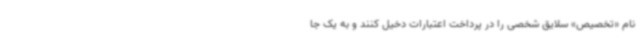
نام «تخصیص» سلایق شخصی را در پرداخت اعتبارات دخیل کنند و به یک جا